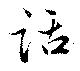
話